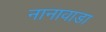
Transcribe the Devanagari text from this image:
नानावाडा